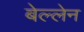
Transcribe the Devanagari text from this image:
बेल्लेन